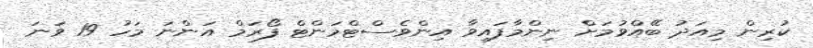
ކުރިން މިއަދު ބޭއްވުމަށް ނިންމާފައިވާ އިންވެސްޓްމަންޓް ފޯރަމް އަންނަ މަހު 19 ވަނަ